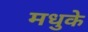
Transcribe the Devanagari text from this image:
मधुके